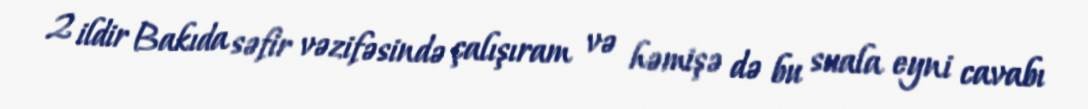
2 ildir Bakıda səfir vəzifəsində çalışıram və həmişə də bu suala eyni cavabı